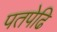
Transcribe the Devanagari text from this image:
पतपेढि